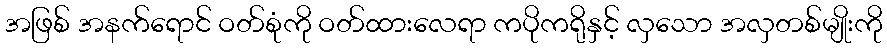
အဖြစ် အနက်ရောင် ဝတ်စုံကို ဝတ်ထားလေရာ ကပိုကရိုနှင့် လှသော အလှတစ်မျိုးကို